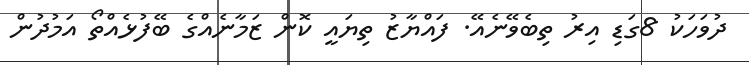
ދުވަހަކު 8ގަޑި އިރު ތިބެވޭނެއޭ. ފައްޔާޒު ތިޔައީ ކޮން ޒަމާނެއްގެ ބޭފުޅެއްތޯ އަމުދުން